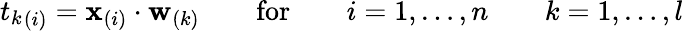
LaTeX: {t_{k}}_{(i)}=\mathbf{x}_{(i)}\cdot\mathbf{w}_{(k)}\qquad\mathrm{for}\qquad i=1,\dots,n\qquad k=1,\dots,l